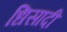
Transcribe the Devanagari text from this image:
धिसादी